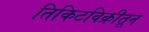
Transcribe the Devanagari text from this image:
तिकिटविक्रीतून